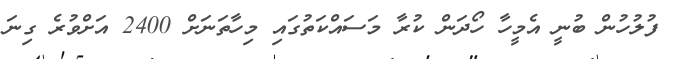
ފުލުހުން ބުނީ އެމީހާ ހޯދަން ކުރާ މަސައްކަތުގައި މިހާތަނަށް 2400 އަށްވުރެ ގިނަ